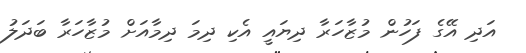
އަދި އޭގެ ފަހުން މުޒާހަރާ ދިޔައީ އެކި ދިމަ ދިމާއަށް މުޒާހަރާ ބަދަލު